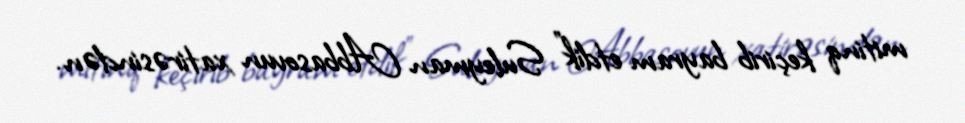
mitinq keçirib bayram etdik" Suleyman Abbasovun xatirəsindən.